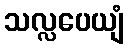
သလ္လပေယျံ